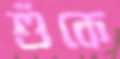
শুঁকে